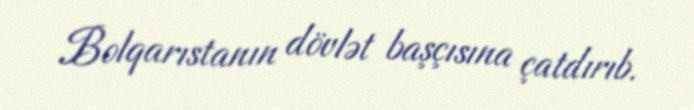
Bolqarıstanın dövlət başçısına çatdırıb.